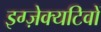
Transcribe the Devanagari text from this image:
इग्ज़ेक्यटिवों